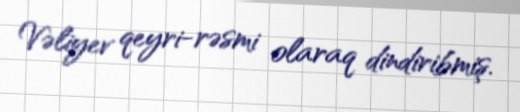
Vəliyev qeyri-rəsmi olaraq dindiribmiş.